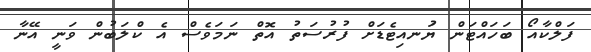
ފަލްކާއޯ ބަހައްޓަން ޔުަނއިޓެޑަށް ފުރުސަތު އޮތް ނަމަވެސް އެ ކްލަބުން ވަނީ އޭނާ